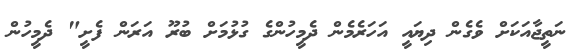
ނަތީޖާއަކަށް ވެގެން ދިޔައީ އަހަރެމެން ދެމީހުންގެ ގުޅުމަށް ބުރޫ އަރަން ފެށީ" ދެމީހުން